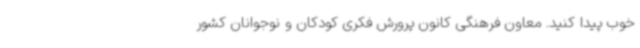
خوب پیدا کنید. معاون فرهنگی کانون پرورش فکری کودکان و نوجوانان کشور